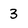
Character: 3